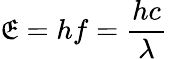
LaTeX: \mathfrak{E}=hf={\frac{{hc}}{{\lambda}}}\,